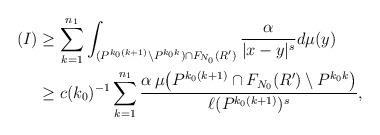
LaTeX: \begin{align*}(I) & \geq \sum_{k=1}^{n_1}\int_{(P^{k_{0}(k+1)}\setminus P^{k_{0}k})\cap F_{N_0}(R')}\frac{\alpha}{|x-y|^s}d\mu(y)\\& \geq c(k_0)^{-1} \sum_{k=1}^{n_1}\frac{\alpha\,\mu\bigl(P^{k_{0}(k+1)}\cap F_{N_0}(R')\setminus P^{k_{0}k}\bigr)}{\ell(P^{k_{0}(k+1)})^s},\end{align*}